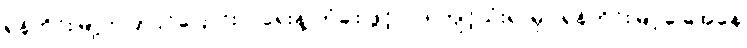
ရှန်ဟိုင်းမြို့ကပြုပြင်ပြောင်းလဲရေးနဲ့ တံခါး ဖွင့် ဝါဒ ကျင့်သုံးရာမှာ ရှန်ဟိုင်းမြို့ ခြေအနေ